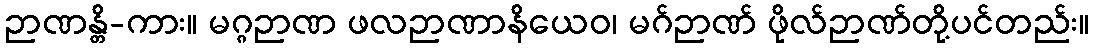
ဉာဏန္တိ-ကား။ မဂ္ဂဉာဏ ဖလဉာဏာနိယေဝ၊ မဂ်ဉာဏ် ဖိုလ်ဉာဏ်တို့ပင်တည်း။